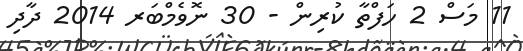
11 މަސް 2 ހަފްތާ ކުރިން - 30 ނޮވެމްބަރ 2014 ދާދި